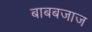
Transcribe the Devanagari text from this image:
बाबबजाज